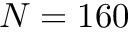
N = 1 6 0